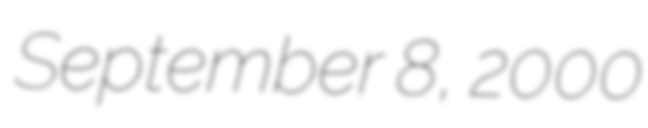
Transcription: September 8, 2000